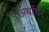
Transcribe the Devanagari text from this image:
अर्धाशेर